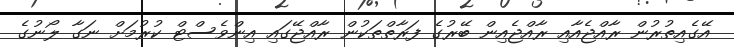
އޭގެއިތުރުން ރާއްޖެއާއި ރާއްޖެއިން ބޭރުގެ ފަރާތްތަކުން ރާއްޖޭގައި އިންވެސްޓް ކުރުމަށް ނަގާ ލޯނުގެ